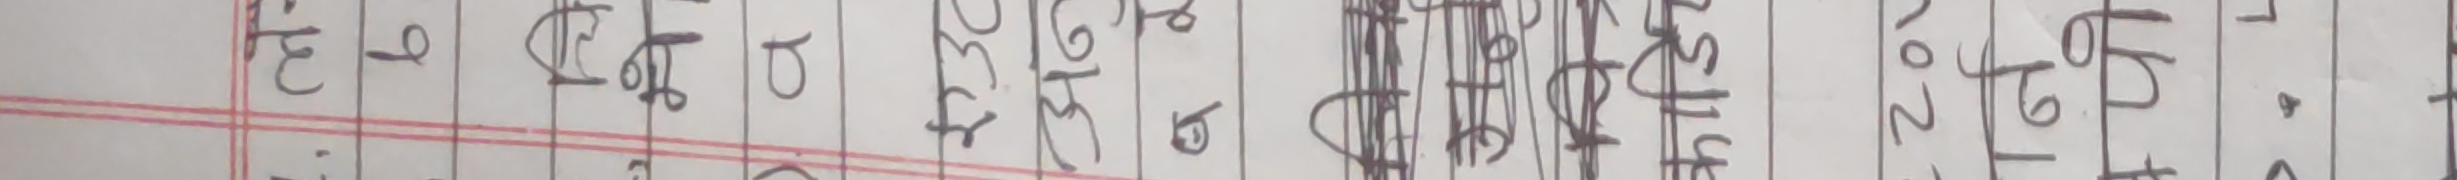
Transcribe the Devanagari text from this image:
ह, दे, प्र, उ००, ले क, लामो, जस्ता, ५६९६७९०, २०१४, १६०४